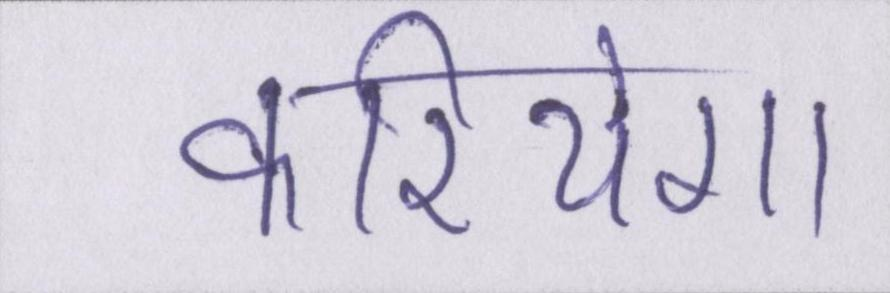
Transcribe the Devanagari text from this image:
करियेगा